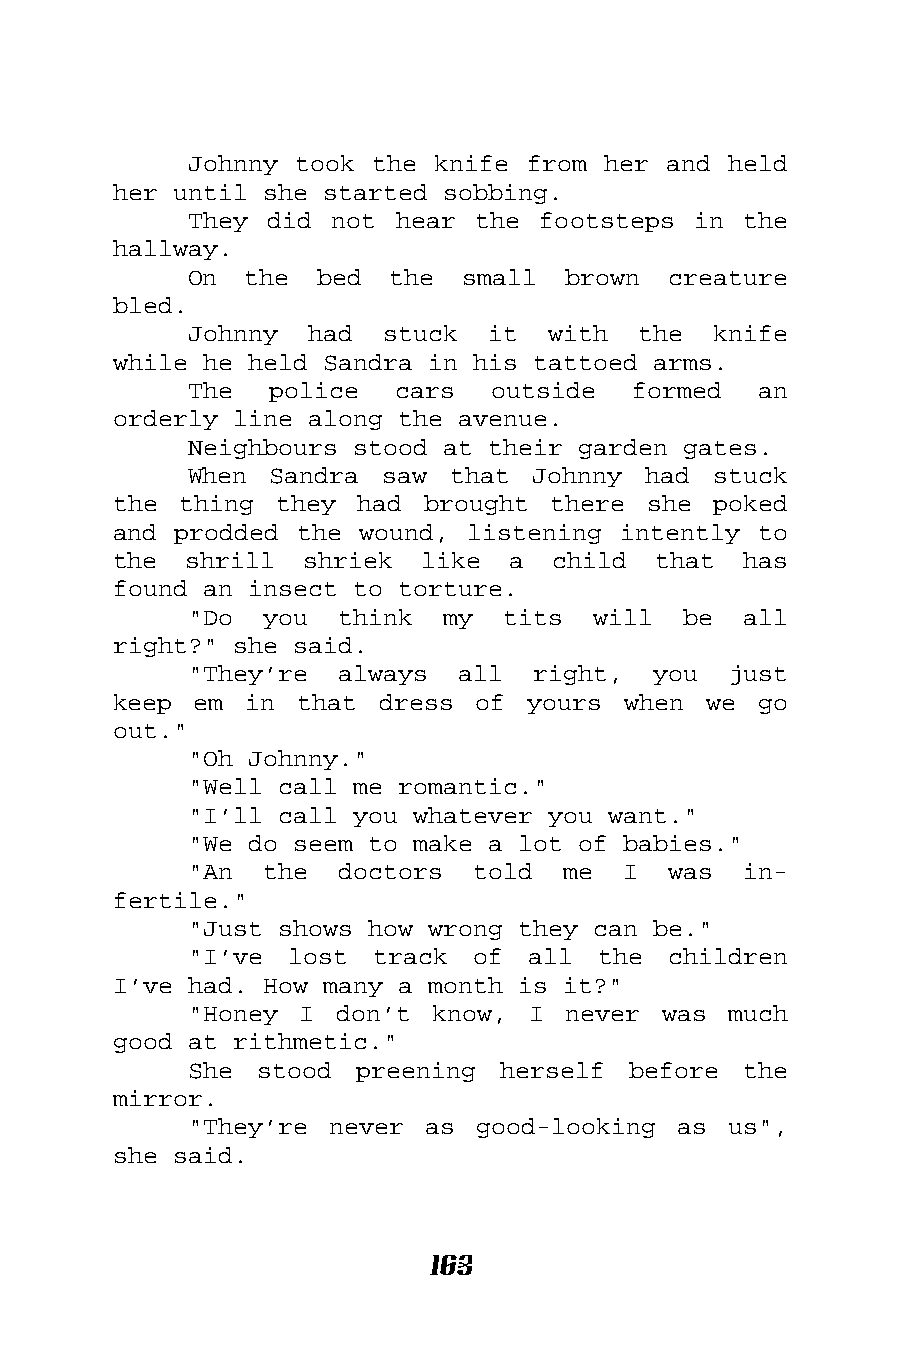
Johnny took the knife from her and  held
 her until she started sobbing.
 They did not  hear the footsteps in  the
 hallway.
 On  the bed  the  small  brown  creature
 bled.
 Johnny  had  stuck  it  with  the  knife
 while he held Sandra in his tattoed arms.
 The  police   cars  outside  formed   an
 orderly line along the avenue.
 Neighbours stood at their garden gates.
 When Sandra  saw that  Johnny had  stuck
 the thing  they had brought  there she  poked
 and prodded the wound, listening intently  to
 the  shrill shriek  like  a  child  that  has
 found an insect to torture.
 "Do  you  think  my  tits  will  be  all
 right?" she said.
 "They’re  always  all  right,  you  just
 keep em  in that  dress of yours  when we  go
 out."
 "Oh Johnny."
 "Well call me romantic."
 "I’ll call you whatever you want."
 "We do seem to make a lot of babies."
 "An  the  doctors  told  me  I  was  in-
 fertile."
 "Just shows how wrong they can be."
 "I’ve lost  track  of all  the  children
 I’ve had. How many a month is it?"
 "Honey I  don’t know, I  never was  much
 good at rithmetic."
 She stood  preening herself  before  the
 mirror.
 "They’re never  as good-looking as  us",
 she said.
 163